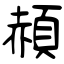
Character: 頳